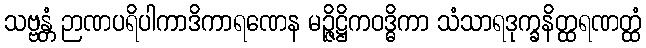
သဗ္ဗန္တံ ဉာဏပရိပါကာဒိကာရဏေန မဉ္ဇိဋ္ဌိကဝဒ္ဓိကာ သံသာရဒုက္ခနိတ္ထရဏတ္ထံ